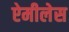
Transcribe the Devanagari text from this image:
ऐमीलेस